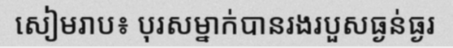
សៀមរាប៖ បុរសម្នាក់បានរងរបួសធ្ងន់ធ្ងរ